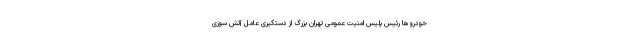
خودروها رئیس پلیس امنیت عمومی تهران بزرگ از دستگیری عامل آتش سوزی